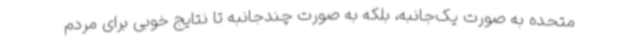
متحده به صورت یک‌جانبه، بلکه به صورت چندجانبه تا نتایج خوبی برای مردم